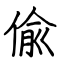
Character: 偸